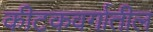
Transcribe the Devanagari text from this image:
कीटकवर्गातील